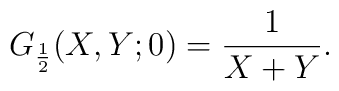
G_{\frac{1}{2}} (X, Y; 0) = \frac{1}{X+Y}.